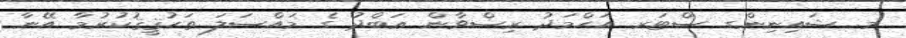
މ. ޝައިނިންގ ސްޓަރ އަޙްމަދު ރިޟްވާން ޢަބްދު ގެ މައްސަލަ ތަޙުޤީޤުކުރުމާ އޭނާ